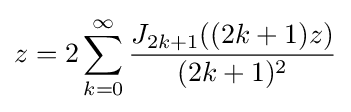
z=2\sum _{k=0}^{\infty }{\frac {J_{2k+1}((2k+1)z)}{(2k+1)^{2}}}